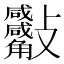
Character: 𣁀